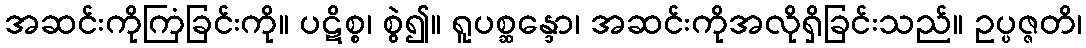
အဆင်းကိုကြံခြင်းကို။ ပဋိစ္စ၊ စွဲ၍။ ရူပစ္ဆန္ဒော၊ အဆင်းကိုအလိုရှိခြင်းသည်။ ဥပ္ပဇ္ဇတိ၊